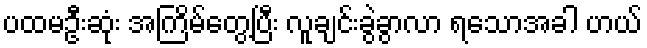
ပထမဦးဆုံး အကြိမ်တွေ့ပြီး လူချင်းခွဲခွာလာ ရသောအခါ ဟယ်